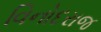
વિનોદરાજ